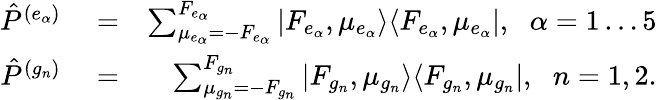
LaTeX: \begin{array}{rlr}{{\hat{P}}^{(e_{\alpha})}}&{{}=}&{\sum_{\mu_{e_{\alpha}}=-F_{e_{\alpha}}}^{F_{e_{\alpha}}}|F_{e_{\alpha}},\mu_{e_{\alpha}}\rangle\langle F_{e_{\alpha}},\mu_{e_{\alpha}}|,\, \, \; \alpha=1\dots 5}\\ {{\hat{P}}^{(g_{n})}}&{{}=}&{\sum_{\mu_{g_{n}}=-F_{g_{n}}}^{F_{g_{n}}}|F_{g_{n}},\mu_{g_{n}}\rangle\langle F_{g_{n}},\mu_{g_{n}}|,\, \, \; n=1,2.}\end{array}